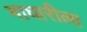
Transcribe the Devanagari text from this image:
माघारीला